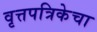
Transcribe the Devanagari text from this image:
वृत्तपत्रिकेचा